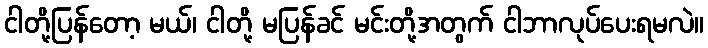
ငါတို့ပြန်တော့ မယ်၊ ငါတို့ မပြန်ခင် မင်းတို့အတွက် ငါဘာလုပ်ပေးရမလဲ။